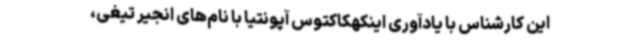
این کارشناس با یادآوری اینکهکاکتوس آپونتیا با نام‌های انجیر تیغی،